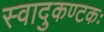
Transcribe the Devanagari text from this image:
स्वादुकण्टकः